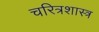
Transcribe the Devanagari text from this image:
चरित्रशास्त्र